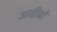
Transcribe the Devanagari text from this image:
अजीबों